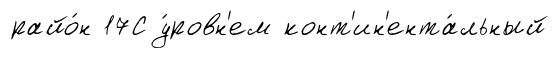
райо́н 17С у́ровн'ем конт'ин'ента́льный